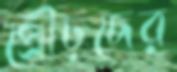
প্রৌঢ়দের